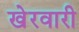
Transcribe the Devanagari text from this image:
खेरवारी